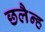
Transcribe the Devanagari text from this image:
छलैन्ह